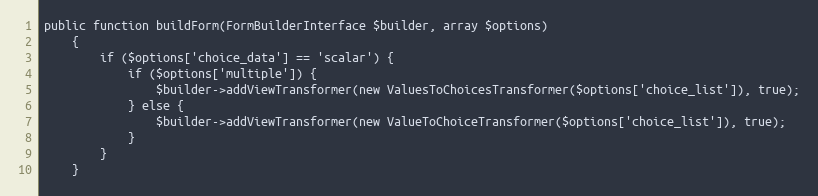
Language: PHP
public function buildForm(FormBuilderInterface $builder, array $options)
    {
        if ($options['choice_data'] == 'scalar') {
            if ($options['multiple']) {
                $builder->addViewTransformer(new ValuesToChoicesTransformer($options['choice_list']), true);
            } else {
                $builder->addViewTransformer(new ValueToChoiceTransformer($options['choice_list']), true);
            }
        }
    }